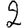
Digit: 2